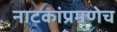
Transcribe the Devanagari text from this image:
नाटकांप्रमणेच